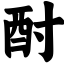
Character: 酎